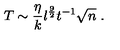
T \sim { \frac { \eta } { k } } l ^ { { \frac { 9 } { 2 } } } t ^ { - 1 } \sqrt { n } \ .